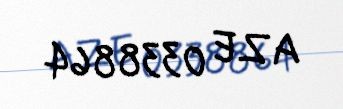
AZE 0338864